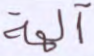
آلهة